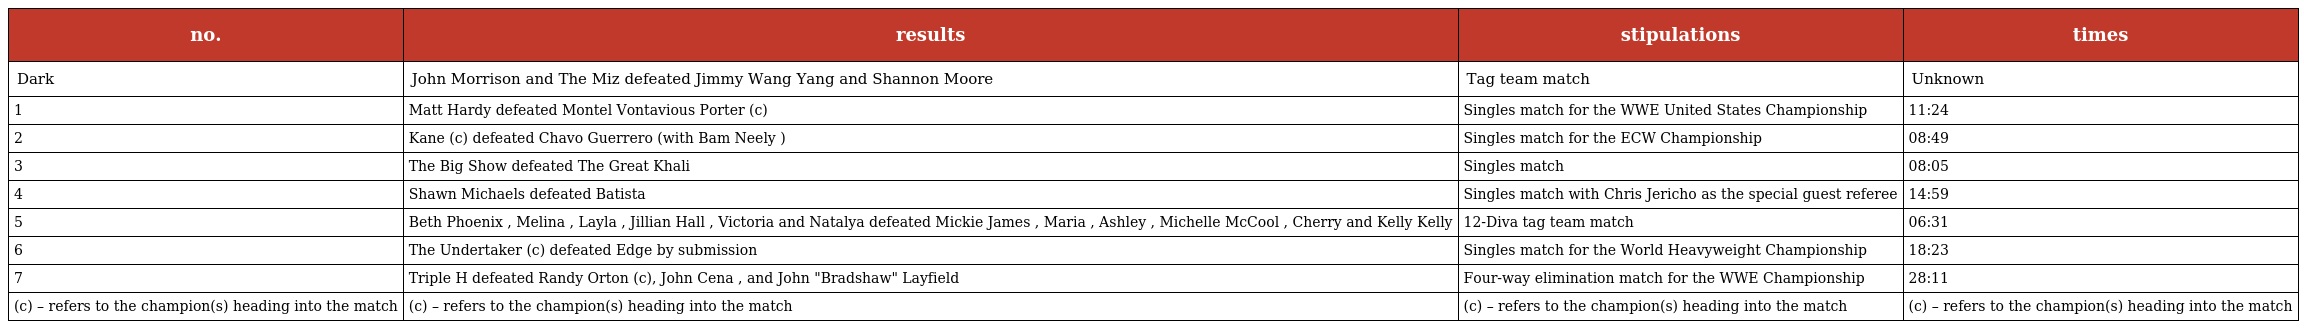
| no. | results | stipulations | times |
 | --- | --- | --- | --- |
 | Dark | John Morrison and The Miz defeated Jimmy Wang Yang and Shannon Moore | Tag team match | Unknown |
 | 1 | Matt Hardy defeated Montel Vontavious Porter (c) | Singles match for the WWE United States Championship | 11:24 |
 | 2 | Kane (c) defeated Chavo Guerrero (with Bam Neely ) | Singles match for the ECW Championship | 08:49 |
 | 3 | The Big Show defeated The Great Khali | Singles match | 08:05 |
 | 4 | Shawn Michaels defeated Batista | Singles match with Chris Jericho as the special guest referee | 14:59 |
 | 5 | Beth Phoenix , Melina , Layla , Jillian Hall , Victoria and Natalya defeated Mickie James , Maria , Ashley , Michelle McCool , Cherry and Kelly Kelly | 12-Diva tag team match | 06:31 |
 | 6 | The Undertaker (c) defeated Edge by submission | Singles match for the World Heavyweight Championship | 18:23 |
 | 7 | Triple H defeated Randy Orton (c), John Cena , and John "Bradshaw" Layfield | Four-way elimination match for the WWE Championship | 28:11 |
 | (c) – refers to the champion(s) heading into the match | (c) – refers to the champion(s) heading into the match | (c) – refers to the champion(s) heading into the match | (c) – refers to the champion(s) heading into the match |